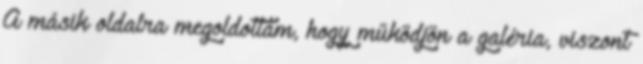
A másik oldalra megoldottam, hogy működjön a galéria, viszont